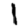
Digit: 1